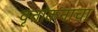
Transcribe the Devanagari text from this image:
वृत्तांकनाचा